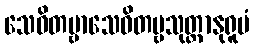
သေဝိတဗ္ဗာသေဝိတဗ္ဗသုတ္တာနုရူပံ